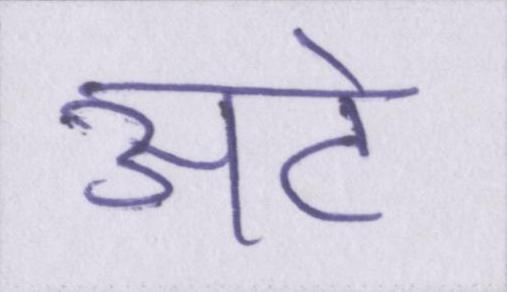
अटे